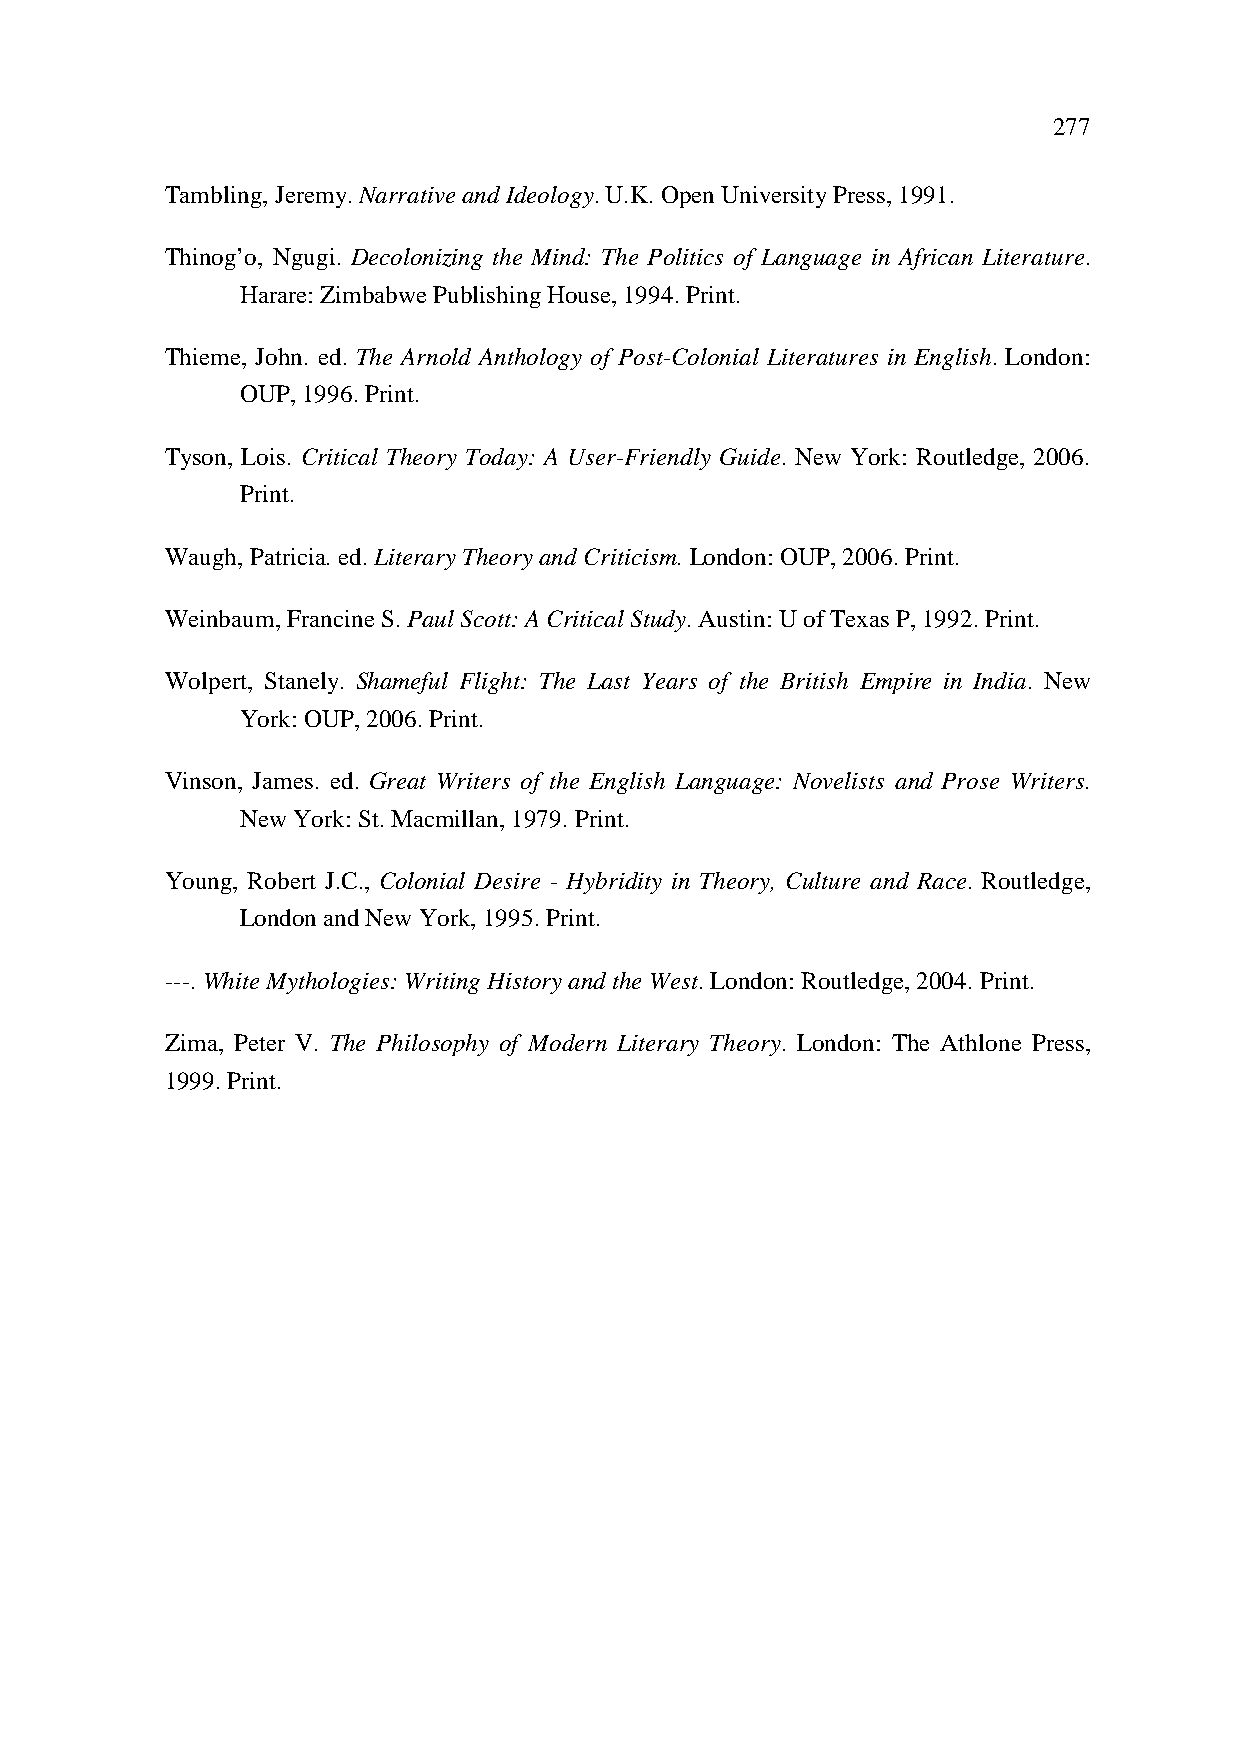
277
 Tambling, Jeremy. Narrative and Ideology. U.K. Open University Press, 1991.
 Thinog’o, Ngugi. Decolonizing the Mind: The Politics of Language in African Literature.
 Harare: Zimbabwe Publishing House, 1994. Print.
 Thieme, John. ed. The Arnold Anthology of Post-Colonial Literatures in English. London:
 OUP, 1996. Print.
 Tyson, Lois. Critical Theory Today: A User-Friendly Guide. New York: Routledge, 2006.
 Print.
 Waugh, Patricia. ed. Literary Theory and Criticism. London: OUP, 2006. Print.
 Weinbaum, Francine S. Paul Scott: A Critical Study. Austin: U of Texas P, 1992. Print.
 Wolpert, Stanely. Shameful Flight: The Last Years of the British Empire in India. New
 York: OUP, 2006. Print.
 Vinson, James. ed. Great Writers of the English Language: Novelists and Prose Writers.
 New York: St. Macmillan, 1979. Print.
 Young, Robert J.C., Colonial Desire - Hybridity in Theory, Culture and Race. Routledge,
 London and New York, 1995. Print.
 ---. White Mythologies: Writing History and the West. London: Routledge, 2004. Print.
 Zima, Peter V. The Philosophy of Modern Literary Theory. London: The Athlone Press,
 1999. Print.